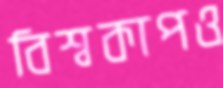
বিশ্বকাপও